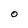
Character: O